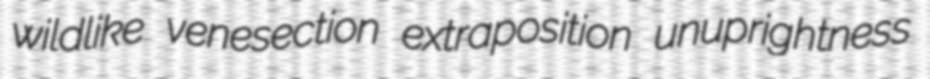
wildlike venesection extraposition unuprightness